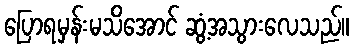
ပြောရမှန်းမသိအောင် ဆွံ့အသွားလေသည်။